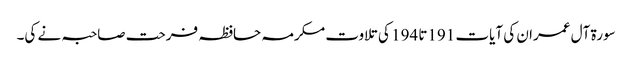
سورۃ آل عمران کی آیات 191تا 194 کی تلاوت مکرمہ حافظہ فرحت صاحبہ نے کی۔